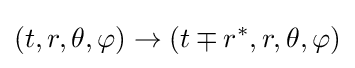
(t,r,\theta ,\varphi )\rightarrow (t\mp r^{*},r,\theta ,\varphi )